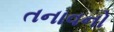
તનાવનો